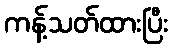
ကန့်သတ်ထားပြီး